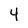
Character: 4